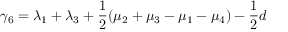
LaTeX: \gamma _ { 6 } = \lambda _ { 1 } + \lambda _ { 3 } + \frac { 1 } { 2 } ( \mu _ { 2 } + \mu _ { 3 } - \mu _ { 1 } - \mu _ { 4 } ) - \frac { 1 } { 2 } d